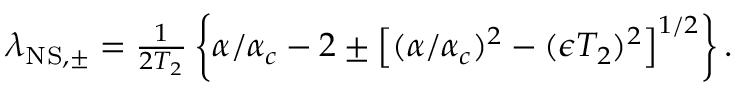
\begin{array} { r } { \lambda _ { \mathrm { N S , \pm } } = \frac { 1 } { 2 T _ { 2 } } \left\{ \alpha / \alpha _ { c } - 2 \pm \left[ ( \alpha / \alpha _ { c } ) ^ { 2 } - ( \epsilon T _ { 2 } ) ^ { 2 } \right] ^ { 1 / 2 } \right\} . } \end{array}